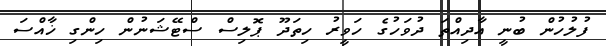
ފުލުހުން ބުނީ އާދިއްތަ ދުވަހުގެ ހަވީރު ހިތަދޫ ޕޮލިސް ސްޓޭޝަނުން ހިންގި ޚާއްސަ